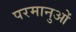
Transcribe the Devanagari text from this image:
परमानुओं